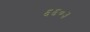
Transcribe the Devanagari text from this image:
६६०३